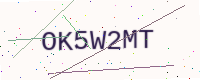
Text: OK5W2MT